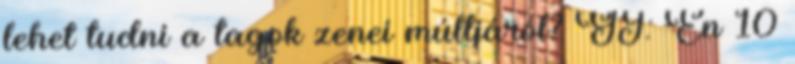
lehet tudni a tagok zenei múltjáról? GJ: Én 10